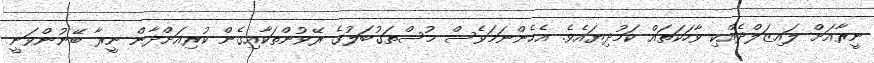
ނީރާއަށް ލައިޒަލްދެއްކި ވާހަކަތައް ކަމުދިޔައެވެ. އެހެންނަމަވެސް މުސްތަގުބަލުގެ ރޭވުންތަކާއިގެން ކުރިއަށްދާން ނީރާ ބޭނުންވަނީ